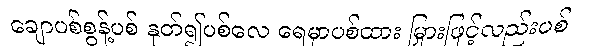
ချောပစ်စွန့်ပစ် နုတ်၍ပစ်လေ ရေမှာပစ်ထား မြှားဖြင့်လည်းပစ်